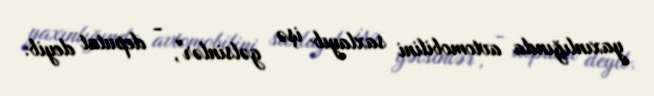
yaxınlığında avtomobilini saxlayıb işə gəlsinlər", - deputat deyib.